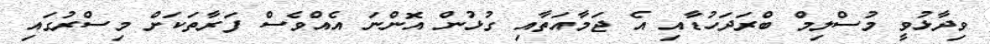
ވިދާޅުވީ މުސްލިމް ބްރަދަހުޑާއި އެ ޖަމާއަތާއި ގުޅުން އޮންނަ އެއްވެސް ފަރާތަކަށް މިސްރުގައި